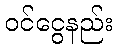
ဝင်ငွေနည်း